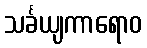
သင်္ခယျကာရောဝ